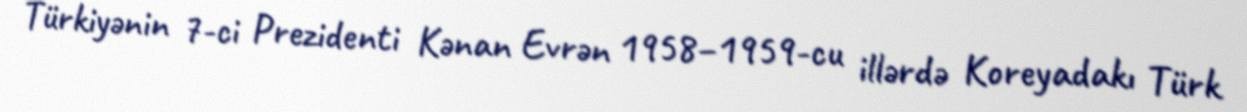
Türkiyənin 7-ci Prezidenti Kənan Evrən 1958–1959-cu illərdə Koreyadakı Türk